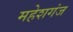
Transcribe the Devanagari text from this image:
महेशगंज